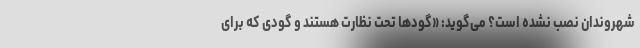
شهروندان نصب نشده است؟ می‌گوید: «گودها تحت نظارت هستند و گودی که برای